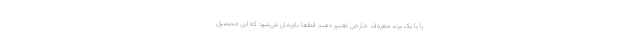
را با یک برند معروف خارجی تغییر دهند قطعا باورمان می‌شود که این محصول